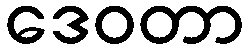
ဒေဝတာ